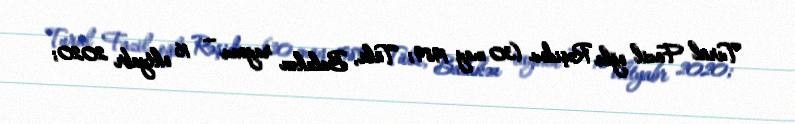
Tural Fazil oğlu Rəşidov (30 may 1989; Tülü, Balakən rayonu — 16 oktyabr 2020;